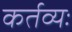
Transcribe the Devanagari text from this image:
कर्तव्यः